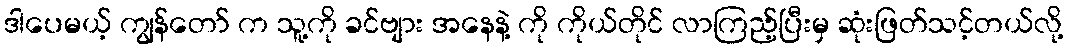
ဒါပေမယ့် ကျွန်တော် က သူ့ကို ခင်ဗျား အနေနဲ့ ကို ကိုယ်တိုင် လာကြည့်ပြီးမှ ဆုံးဖြတ်သင့်တယ်လို့